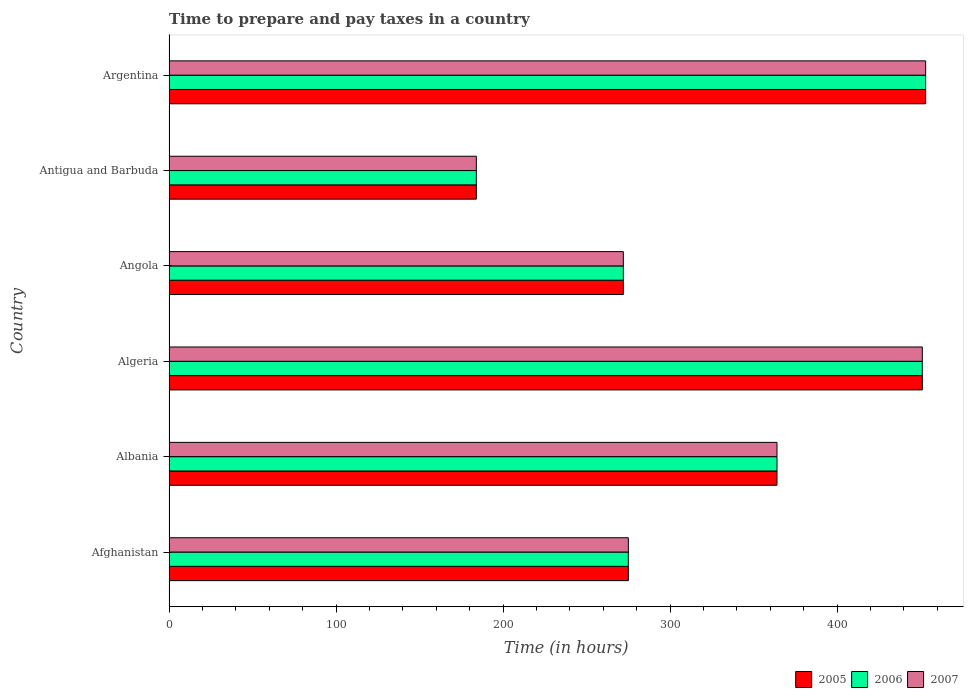
| Country | 2005 | 2006 | 2007 |
 | --- | --- | --- | --- |
 | Afghanistan | 275 | 275 | 275 |
 | Albania | 364 | 364 | 364 |
 | Algeria | 451 | 451 | 451 |
 | Angola | 272 | 272 | 272 |
 | Antigua and Barbuda | 184 | 184 | 184 |
 | Argentina | 453 | 453 | 453 |